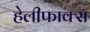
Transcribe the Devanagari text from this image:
हेलीफाक्स